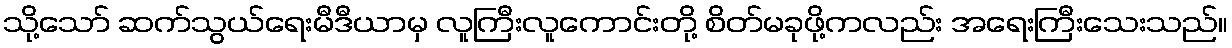
သို့သော် ဆက်သွယ်ရေးမီဒီယာမှ လူကြီးလူကောင်းတို့ စိတ်မခုဖို့ကလည်း အရေးကြီးသေးသည်။